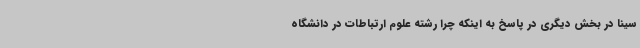
سینا در بخش دیگری در پاسخ به اینکه چرا رشته علوم ارتباطات در دانشگاه